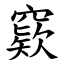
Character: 窽